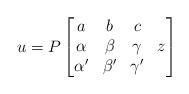
LaTeX: \begin{align*}u=P\begin{bmatrix} a & b & c &\\ \alpha & \beta & \gamma & z\\ \alpha' & \beta' & \gamma' & \end{bmatrix}\end{align*}